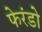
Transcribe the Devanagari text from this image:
फेरंडो